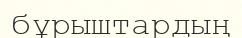
бұрыштардың